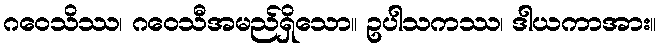
ဂဝေသိဿ၊ ဂဝေသီအမည်ရှိသော။ ဥပါသကဿ၊ ဒါယကာအား။